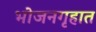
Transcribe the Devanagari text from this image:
भोजनगृहात